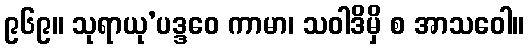
၉၆၉။ သုရာယု’ပဒ္ဒဝေ ကာမာ၊ သဝါဒိမှိ စ အာသဝေါ။